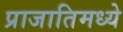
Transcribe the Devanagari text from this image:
प्राजातिमध्ये